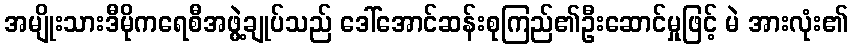
အမျိုးသားဒီမိုကရေစီအဖွဲ့ချုပ်သည် ဒေါ်အောင်ဆန်းစုကြည်၏ဦးဆောင်မှုဖြင့် မဲ အားလုံး၏